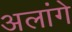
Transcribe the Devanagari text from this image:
अलांगे